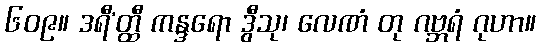
၆၀၉။ ဒရီ’တ္ထီ ကန္ဒရော ဒွီသု၊ လေဏံ တု ဂဗ္ဘရံ ဂုဟာ။